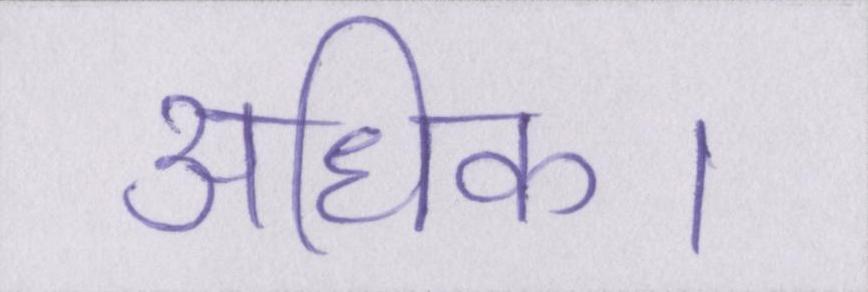
अधिक।